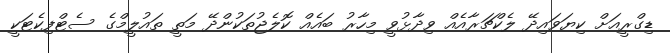
ޑިގްރީއަށް ކިޔަވައިދޭ ލެކްޗަރާއެއް ވިދާޅުވީ މިހާރު ބައެއް ކޮލެޖުތަކުންދޭ މަތީ ތައުލީމްގެ ސެޓްފިކެޓަކީ